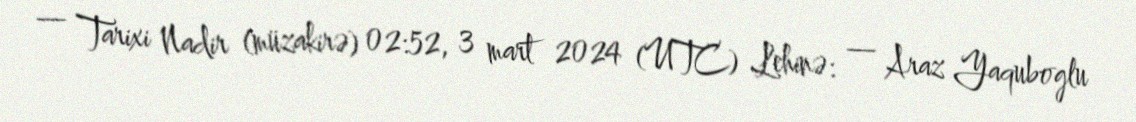
— Tarixi Nadir (müzakirə) 02:52, 3 mart 2024 (UTC) Lehinə: — Araz Yaquboglu